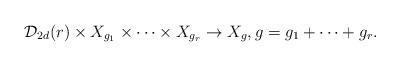
LaTeX: \begin{align*} \mathcal{D}_{2d}(r)\times X_{g_1} \times \cdots \times X_{g_r}\rightarrow X_{g},g = g_1+\cdots +g_r.\end{align*}